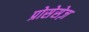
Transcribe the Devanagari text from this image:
प्रोसेसेज़